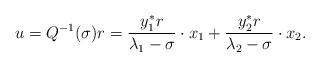
LaTeX: \begin{align*}u=Q^{-1}(\sigma)r=\frac{y^{*}_{1}r}{\lambda_{1}-\sigma}\cdot x_{1} +\frac{y^{*}_{2}r}{\lambda_{2}-\sigma}\cdot x_{2}.\end{align*}